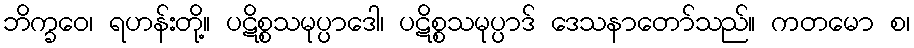
ဘိက္ခဝေ၊ ရဟန်းတို့။ ပဋိစ္စသမုပ္ပာဒေါ၊ ပဋိစ္စသမုပ္ပာဒ် ဒေသနာတော်သည်။ ကတမော စ၊